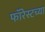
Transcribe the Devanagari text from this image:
फॉरेस्टच्या